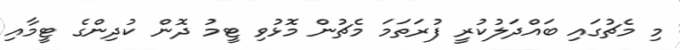
މި މެޗުގައި ބައްދަލުކުރީ ފުރަތަމަ މެޗުން މޮޅުވި ޓީމު ދޮން ކުދިންގެ ޓީމާއި